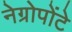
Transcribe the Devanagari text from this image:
नेग्रोपोंटे